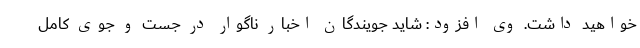
خواهید داشت. وی افزود: شاید جویندگان اخبار ناگوار در جست و ‌جوی کامل